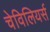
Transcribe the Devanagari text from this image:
चेविलियर्स